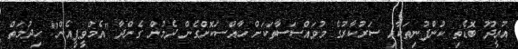
އުރީދޫ ބޮޑެތި ކުންފުނިތަކާއި ސަރުކާރުގެ މުވައްސަސާތަކަށް ހާއްސަކޮށްގެން ދެމުން ގެންދާ "އެމްވީޕީއެން" ހިދުމަތް